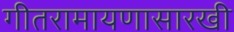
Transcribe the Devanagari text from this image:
गीतरामायणासारखी